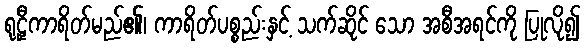
ရုဠှီကာရိတ်မည်၏၊ ကာရိတ်ပစ္စည်းနှင့် သက်ဆိုင် သော အစီအရင်ကို ပြုလို၍